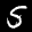
Label: 5